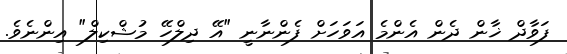
ފަވާދް ޚާން ދެން އެންމެ އަވަހަށް ފެންނާނީ "އޭ ދިލްހޭ މުޝްކިލް" އިންނެވެ.